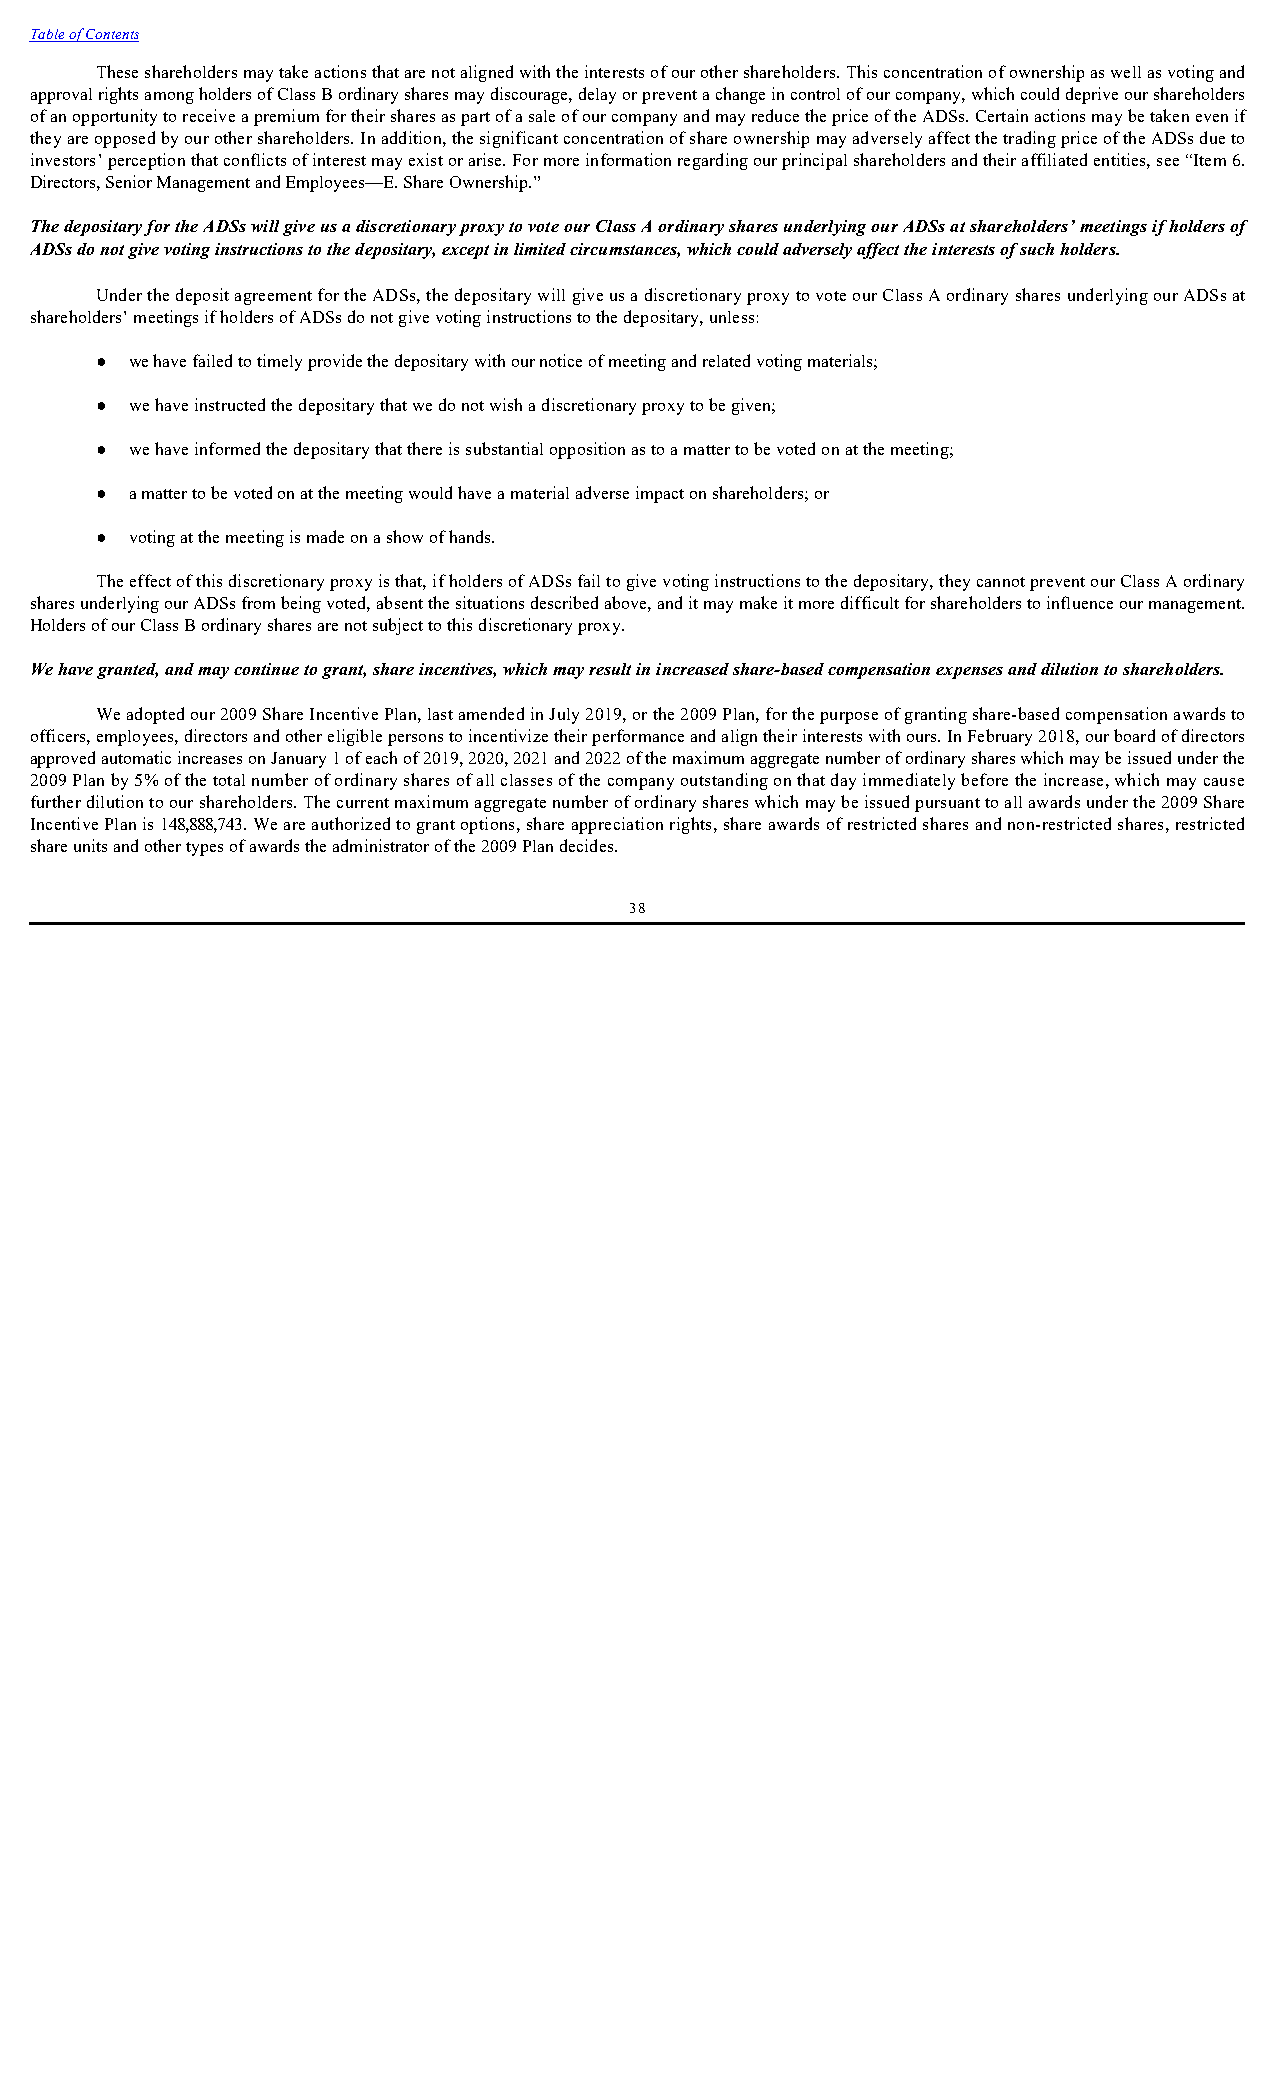
Table of Contents
 These shareholders may take actions that are not aligned with the interests of our other shareholders. This concentration of ownership as well as voting and
 approval rights among holders of Class B ordinary shares may discourage, delay or prevent a change in control of our company, which could deprive our shareholders
 of an opportunity to receive a premium for their shares as part of a sale of our company and may reduce the price of the ADSs. Certain actions may be taken even if
 they are opposed by our other shareholders. In addition, the significant concentration of share ownership may adversely affect the trading price of the ADSs due to
 investors’ perception that conflicts of interest may exist or arise. For more information regarding our principal shareholders and their affiliated entities, see “Item 6.
 Directors, Senior Management and Employees—E. Share Ownership.”
 The depositary for the ADSs will give us a discretionary proxy to vote our Class A ordinary shares underlying our ADSs at shareholders’ meetings if holders of
 ADSs do not give voting instructions to the depositary, except in limited circumstances, which could adversely affect the interests of such holders.
 Under the deposit agreement for the ADSs, the depositary will give us a discretionary proxy to vote our Class A ordinary shares underlying our ADSs at
 shareholders’ meetings if holders of ADSs do not give voting instructions to the depositary, unless:
 ●  we have failed to timely provide the depositary with our notice of meeting and related voting materials;
 ●  we have instructed the depositary that we do not wish a discretionary proxy to be given;
 ●  we have informed the depositary that there is substantial opposition as to a matter to be voted on at the meeting;
 ●  a matter to be voted on at the meeting would have a material adverse impact on shareholders; or
 ●  voting at the meeting is made on a show of hands.
 The effect of this discretionary proxy is that, if holders of ADSs fail to give voting instructions to the depositary, they cannot prevent our Class A ordinary
 shares underlying our ADSs from being voted, absent the situations described above, and it may make it more difficult for shareholders to influence our management.
 Holders of our Class B ordinary shares are not subject to this discretionary proxy.
 We have granted, and may continue to grant, share incentives, which may result in increased share-based compensation expenses and dilution to shareholders.
 We adopted our 2009 Share Incentive Plan, last amended in July 2019, or the 2009 Plan, for the purpose of granting share-based compensation awards to
 officers, employees, directors and other eligible persons to incentivize their performance and align their interests with ours. In February 2018, our board of directors
 approved automatic increases on January 1 of each of 2019, 2020, 2021 and 2022 of the maximum aggregate number of ordinary shares which may be issued under the
 2009 Plan by 5% of the total number of ordinary shares of all classes of the company outstanding on that day immediately before the increase, which may cause
 further dilution to our shareholders. The current maximum aggregate number of ordinary shares which may be issued pursuant to all awards under the 2009 Share
 Incentive Plan is 148,888,743. We are authorized to grant options, share appreciation rights, share awards of restricted shares and non-restricted shares, restricted
 share units and other types of awards the administrator of the 2009 Plan decides.
 38